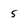
Character: 5